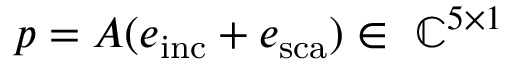
p = A ( e _ { \mathrm { i n c } } + e _ { \mathrm { s c a } } ) \in \ \mathbb { C } ^ { 5 \times 1 }